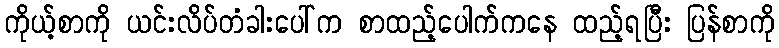
ကိုယ့်စာကို ယင်းလိပ်တံခါးပေါ်က စာထည့်ပေါက်ကနေ ထည့်ရပြီး ပြန်စာကို